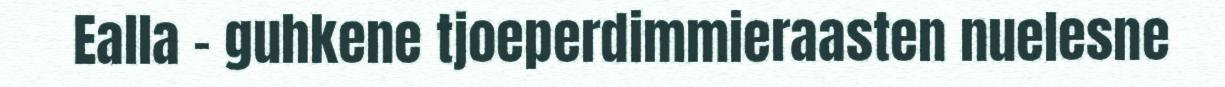
Ealla – guhkene tjoeperdimmieraasten nuelesne